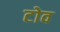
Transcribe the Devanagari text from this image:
टोव